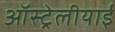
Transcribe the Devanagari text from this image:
ऑस्ट्रेलीयाई